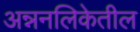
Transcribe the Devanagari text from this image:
अन्ननलिकेतील